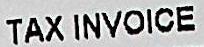
TAX INVOICE